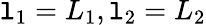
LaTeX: \mathtt{l}_{1}=L_{1},\mathtt{l}_{2}=L_{2}